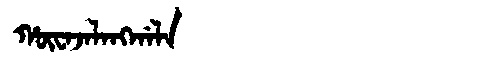
Manchu: ᡥᡡᠸᠠᠵᠠᠯᠠᠩᡤᠠᠯᠠ
Romanization: HŪWAJALANGGALA